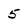
Character: 5